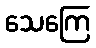
သေကြေ